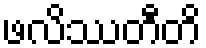
ဖလိဿတီတိ